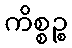
ကိစ္စဉ္စ